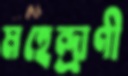
মহেন্দ্র্রাণী